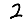
Digit: 2